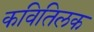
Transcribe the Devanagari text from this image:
कवितिलक